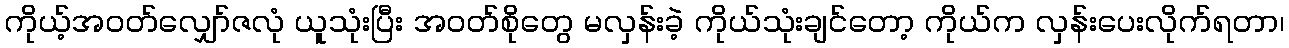
ကိုယ့်အဝတ်လျှော်ဇလုံ ယူသုံးပြီး အဝတ်စိုတွေ မလှန်းခဲ့ ကိုယ်သုံးချင်တော့ ကိုယ်က လှန်းပေးလိုက်ရတာ၊